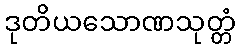
ဒုတိယသောဏသုတ္တံ